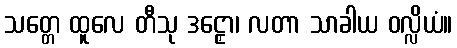
သတ္တေ ထူလေ တီသု ဒဠှော၊ လတာ သာခါယ ဝလ္လိယံ။